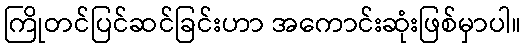
ကြိုတင်ပြင်ဆင်ခြင်းဟာ အကောင်းဆုံးဖြစ်မှာပါ။